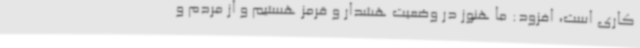
کاری است، افزود: ما هنوز در وضعیت هشدار و قرمز هستیم و از مردم و